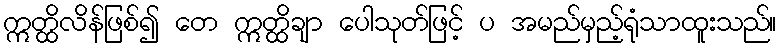
ဣတ္ထိလိန်ဖြစ်၍ တေ ဣတ္ထိချာ ပေါသုတ်ဖြင့် ပ အမည်မှည့်ရုံသာထူးသည်။